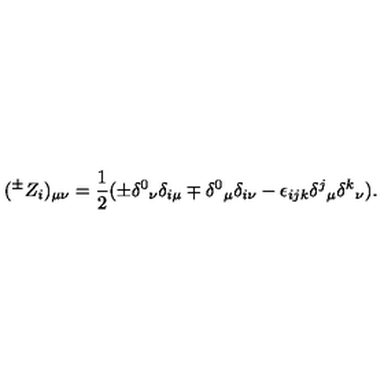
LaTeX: ( ^ { \pm } Z _ { i } ) _ { \mu \nu } = \frac { 1 } { 2 } ( \pm \delta ^ { 0 } { } _ { \nu } \delta _ { i \mu } \mp \delta ^ { 0 } { } _ { \mu } \delta _ { i \nu } - \epsilon _ { i j k } \delta ^ { j } { } _ { \mu } \delta ^ { k } { } _ { \nu } ) .